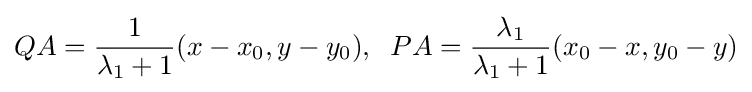
QA={\frac {1}{\lambda _{1}+1}}(x-x_{0},y-y_{0}),\;\;PA={\frac {\lambda _{1}}{\lambda _{1}+1}}(x_{0}-x,y_{0}-y)